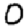
Digit: 0